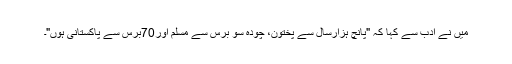
میں نے ادب سے کہا کہ "پانچ ہزارسال سے پختون، چودہ سو برس سے مسلم اور70برس سے پاکستانی ہوں"۔